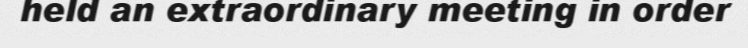
held an extraordinary meeting in order